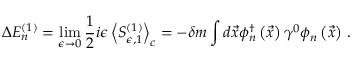
\Delta E _ { n } ^ { ( 1 ) } = \operatorname* { l i m } _ { \epsilon \rightarrow 0 } \frac { 1 } { 2 } i \epsilon \left< S _ { \epsilon , 1 } ^ { ( 1 ) } \right> _ { c } = - \delta m \int d \vec { x } \phi _ { n } ^ { \dag } \left( \vec { x } \right) \gamma ^ { 0 } \phi _ { n } \left( \vec { x } \right) \, .